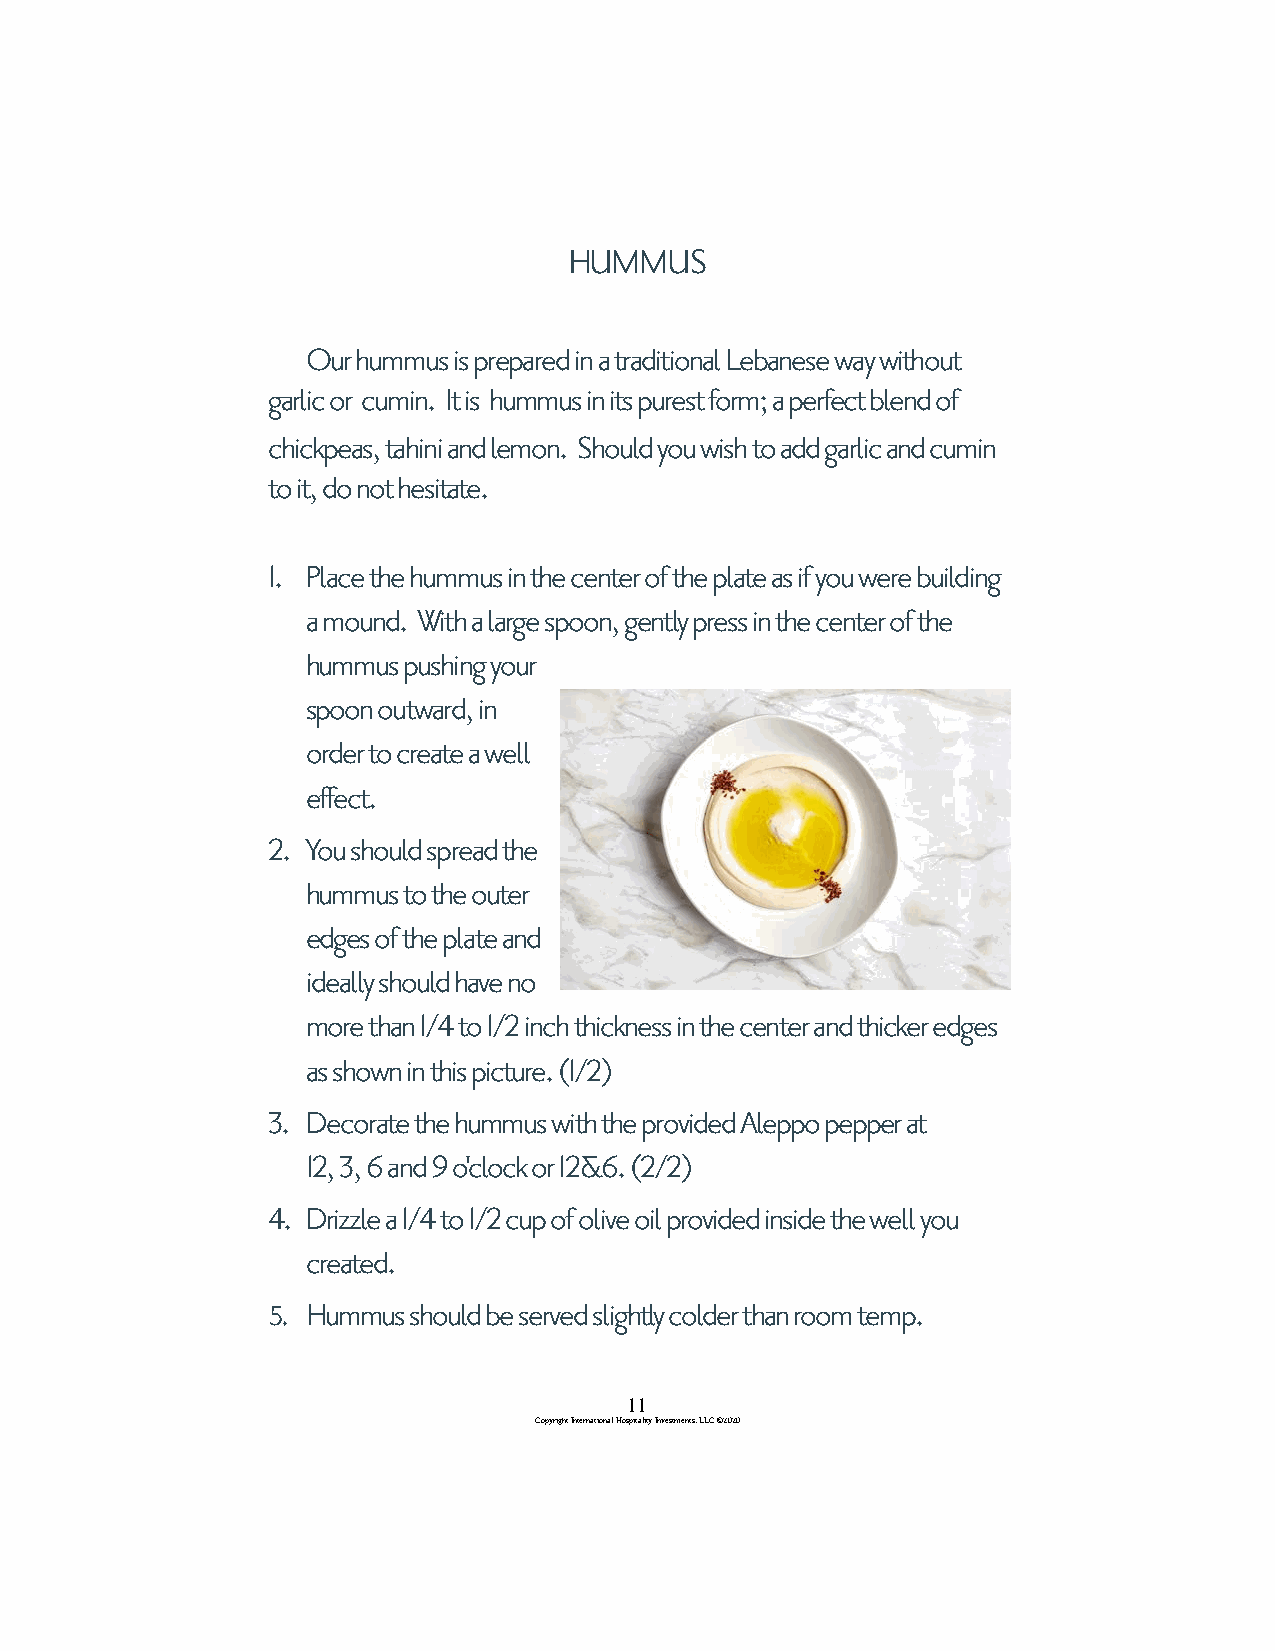
HUMMUS
 Our hummus is prepared in a traditional Lebanese way without
 garlic or cumin. It is hummus in its purest form; a perfect blend of
 chickpeas, tahini and lemon. Should you wish to add garlic and cumin
 to it, do not hesitate.
 1. Place the hummus in the center of the plate as if you were building
 a mound. With a large spoon, gently press in the center of the
 hummus pushing your
 spoon outward, in
 order to create a well
 effect.
 2. You should spread the
 hummus to the outer
 edges of the plate and
 ideally should have no
 more than 1/4 to 1/2 inch thickness in the center and thicker edges
 as shown in this picture. (1/2)
 3. Decorate the hummus with the provided Aleppo pepper at
 12, 3, 6 and 9 o'clock or 12&6. (2/2)
 4. Drizzle a 1/4 to 1/2 cup of olive oil provided inside the well you
 created.
 5. Hummus should be served slightly colder than room temp.
 11
 Copyright International Hospitality Investments, LLC ©2020